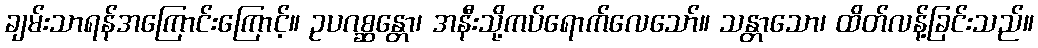
ချမ်းသာရန်အကြောင်းကြောင့်။ ဥပဂစ္ဆန္တော၊ အနီးသို့ကပ်ရောက်လေသော်။ သန္တာသော၊ ထိတ်လန့်ခြင်းသည်။